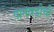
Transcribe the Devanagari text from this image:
पानवडीची